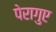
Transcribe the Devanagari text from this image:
पेरागुए